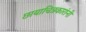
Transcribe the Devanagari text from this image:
छायाचित्रकारांनी